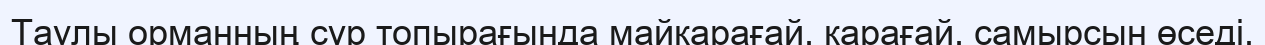
Таулы орманның сұр топырағында майқарағай, қарағай, самырсын өседі.